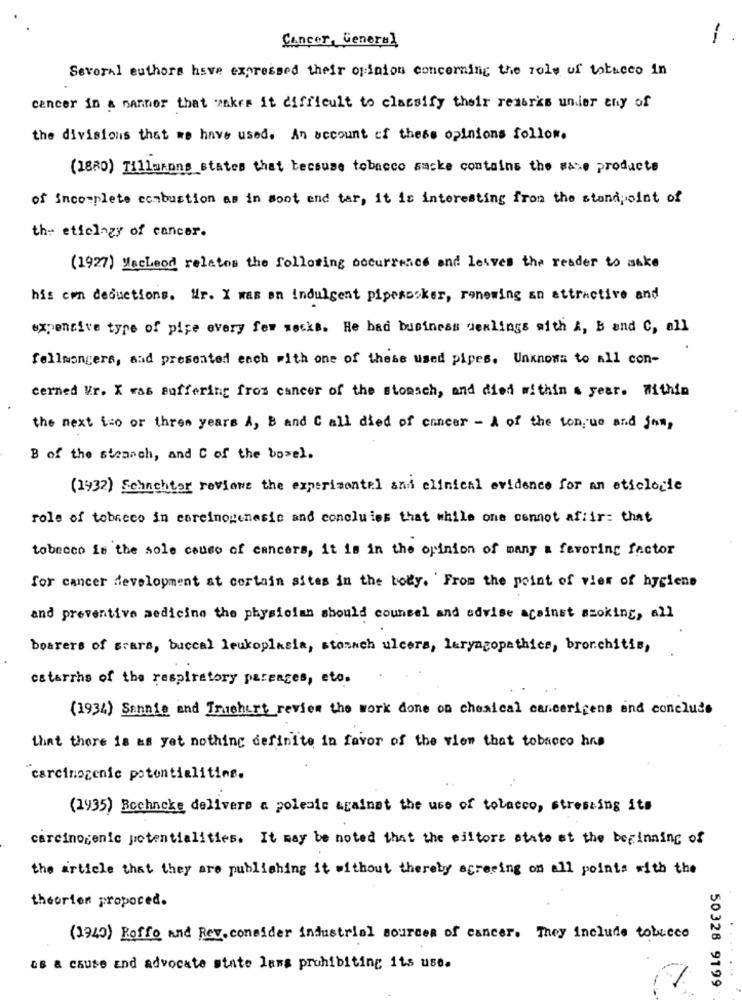
Cancer, General
-
Several authors have expressed their opinion concerning the role of tobacco in
cancer in a manner that makes it difficult to classify their reserks unier eny of
the divisions that we have used. An account of these opinions follow.
(1880) Tillunone states that because tobacco sacke contains the sase producte
of incomplete combustion as in sont and tar, it is interesting from the standpoint of
th- etielagy of cancer.
(1927) Macleod relatos the following occurrence and leaves the reader to make
his con deductions. Mr. X was an indulgent pipespoker, renewing an attractive and
expensive type of pice every few socks. He had business dealings with A, B and C, all
fellmongers, and presented each with one of these used pipes. Unknowa to all con-
cerned Vr. X was suffering from cancer of the stomach, and died within a year. Within
the next ico or three years A, B and C all died of cancer - A of the tongue and jam,
B of the stomach, and C of the bo=el.
(1932) Schachter reviewe the experimental and clinical evidence for an etiologie
role of tobacco in carcinogenesis and concluies that while one connot affir= that
tobecco is the sole causo of cancers, it is in the opinion of many a favoring factor
for cancer development at certain sites in the body. From the point of view of hygiene
and preventive medicine the physician should counsel and advise against szoking, all
boarers of stars, buccal leukoplasia, stomach ulcers, laryngopathies, bronchitis,
estarrhs of the respiratory pareages, eto.
(1934) Sannie and Trushurt review the work done on chemical cancerigens and conclude
that there is as yet nothing definite in favor of the view that tobacco hrs
carcinogenic potentialities.
(1935) Bochacke delivers a polemic against the use of tobacco, stressing its
carcinogenic potentialities. It may be noted that the editors state at the beginning of
the article that they are publishing it without thereby agreeing on all points with the
theorien propoced.
(1940) Roffo and Rev. consider industrial sources of cancer. They include tobucco
as a cause and advocate state lams prohibiting its use.
50328 9199